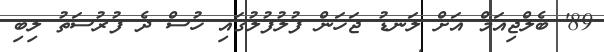
89' ބެލްޖިއަމް އަށް ލަނޑު ޖަހަން ފުލުފުލުގައި ހުސް ދެ ފުރުސަތު ލިބި